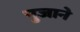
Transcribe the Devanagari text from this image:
पुजाने